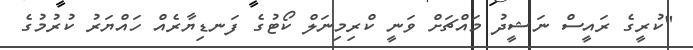
"ކުރީގެ ރައީސް ނަޝީދު މައްޗަށް ވަނީ ކްރިމިނަލް ކޯޓުގެ ފަނޑިޔާރެއް ހައްޔަރު ކުރުމުގެ